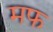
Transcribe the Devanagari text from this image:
मफ